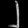
Digit: ၂